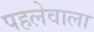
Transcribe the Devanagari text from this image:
पहलेवाला